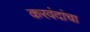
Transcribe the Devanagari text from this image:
करवंदांचा